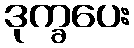
ဒုက္ခပေး